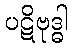
ပဋိဗုဒ္ဓါ